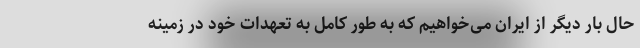
حال بار دیگر از ایران می‌خواهیم که به طور کامل به تعهدات خود در زمینه